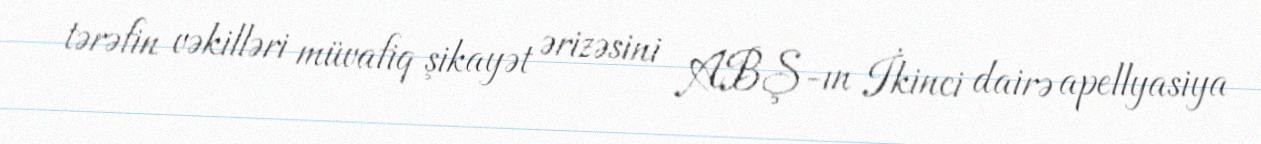
tərəfin vəkilləri müvafiq şikayət ərizəsini ABŞ-ın İkinci dairə apellyasiya